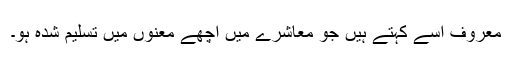
معروف اسے کہتے ہیں جو معاشرے میں اچھے معنوں میں تسلیم شدہ ہو۔